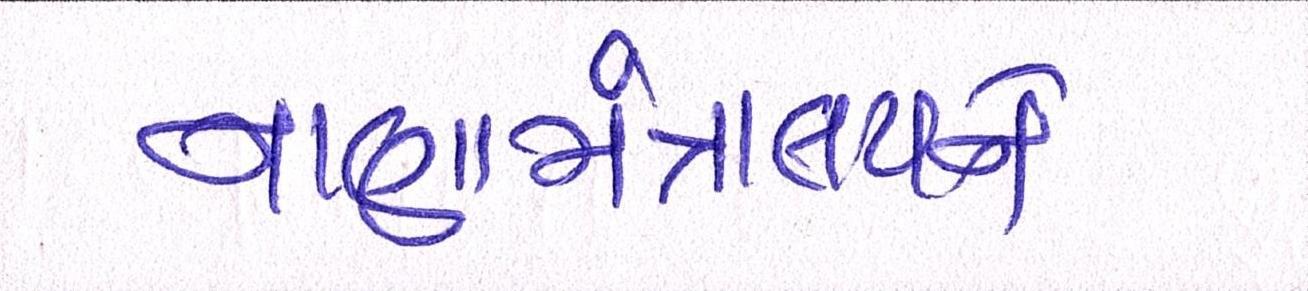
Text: નાણામંત્રાલયને